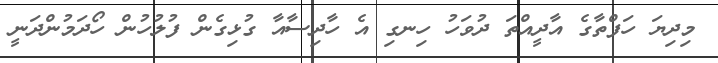
މިދިޔަ ހަފްތާގެ އާދީއްތަ ދުވަހު ހިނގި އެ ހާދިސާއާ ގުޅިގެން ފުލުހުން ހޯދަމުންދަނީ